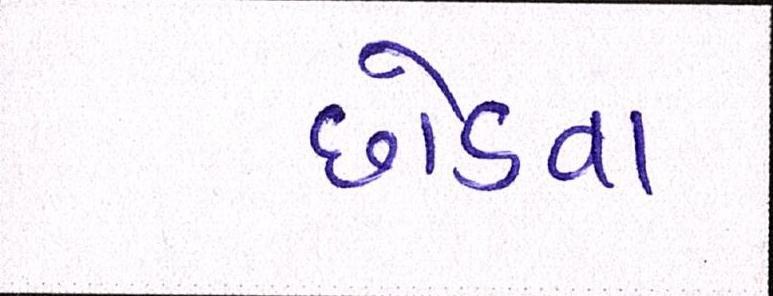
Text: છોડવા